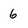
Character: 6